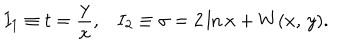
I _ { 1 } \equiv t = { \frac { y } { x } } , I _ { 2 } \equiv \sigma = 2 \ln x + W ( x , \, y ) .